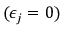
( \epsilon _ { j } = 0 )